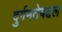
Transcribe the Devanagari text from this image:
दुर्गमतेबद्दल